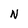
Character: N